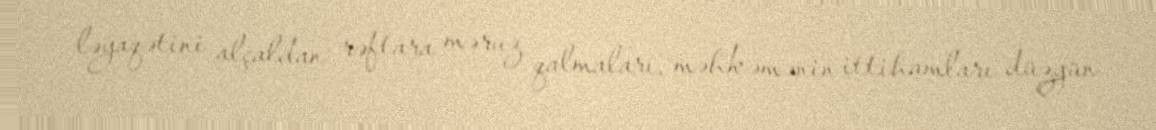
ləyaqətini alçaldan rəftara məruz qalmaları, məhkəmənin ittihamları düzgün